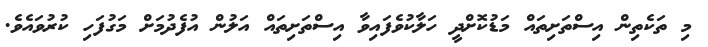
މި ތަކެތިން އިސްތަށިތައް މަޑުކޮށްދީ ހަލާކުވެފައިވާ އިސްތަށިތައް އަލުން އުފެދުމަށް މަގުފަހި ކުރުވައެވެ.